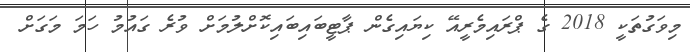
މިވަގުތަކީ 2018 ގެ ޕްރައިމެރީއޭ ކިޔައިގެން ޕާޓީބައިބައިކޮށްލުމަށް ވުރެ ގައުމު ހަމަ މަގަށް